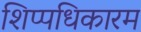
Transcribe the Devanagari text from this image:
शिप्पधिकारम